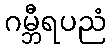
ဂမ္ဘီရပညံ